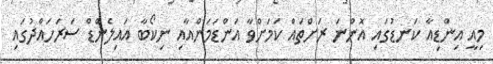
މިއީ އިންޑިއާ ކަނޑުގައި އޮންނަ ރަށްތައް ކަމަށްވާ އަންޑަމަންއާއި ނިކޯބާ އައިލެންޑް ސަރަހައްދުގައި